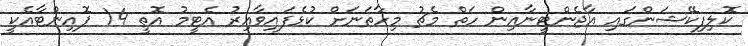
ކޮލިފިކޭޝަންގައި އާޖެންޓީނާއިން ހަތް މެޗު މިހާތަނަށް ކުޅެފައިވާއިރު އެޓީމު އޮތީ 14 ޕޮއިންޓާއެކީ